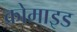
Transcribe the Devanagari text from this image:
क्रोमाइड